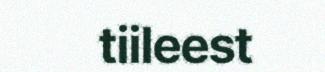
tiileest